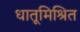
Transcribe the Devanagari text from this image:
धातूमिश्रित